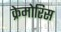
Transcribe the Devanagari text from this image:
क्रेमोरिस